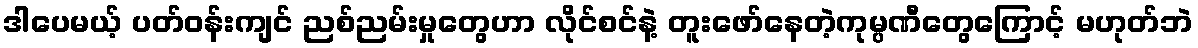
ဒါပေမယ့် ပတ်ဝန်းကျင် ညစ်ညမ်းမှုတွေဟာ လိုင်စင်နဲ့ တူးဖော်နေတဲ့ကုမ္ပဏီတွေကြောင့် မဟုတ်ဘဲ